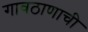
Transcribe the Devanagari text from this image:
गावठाणाची